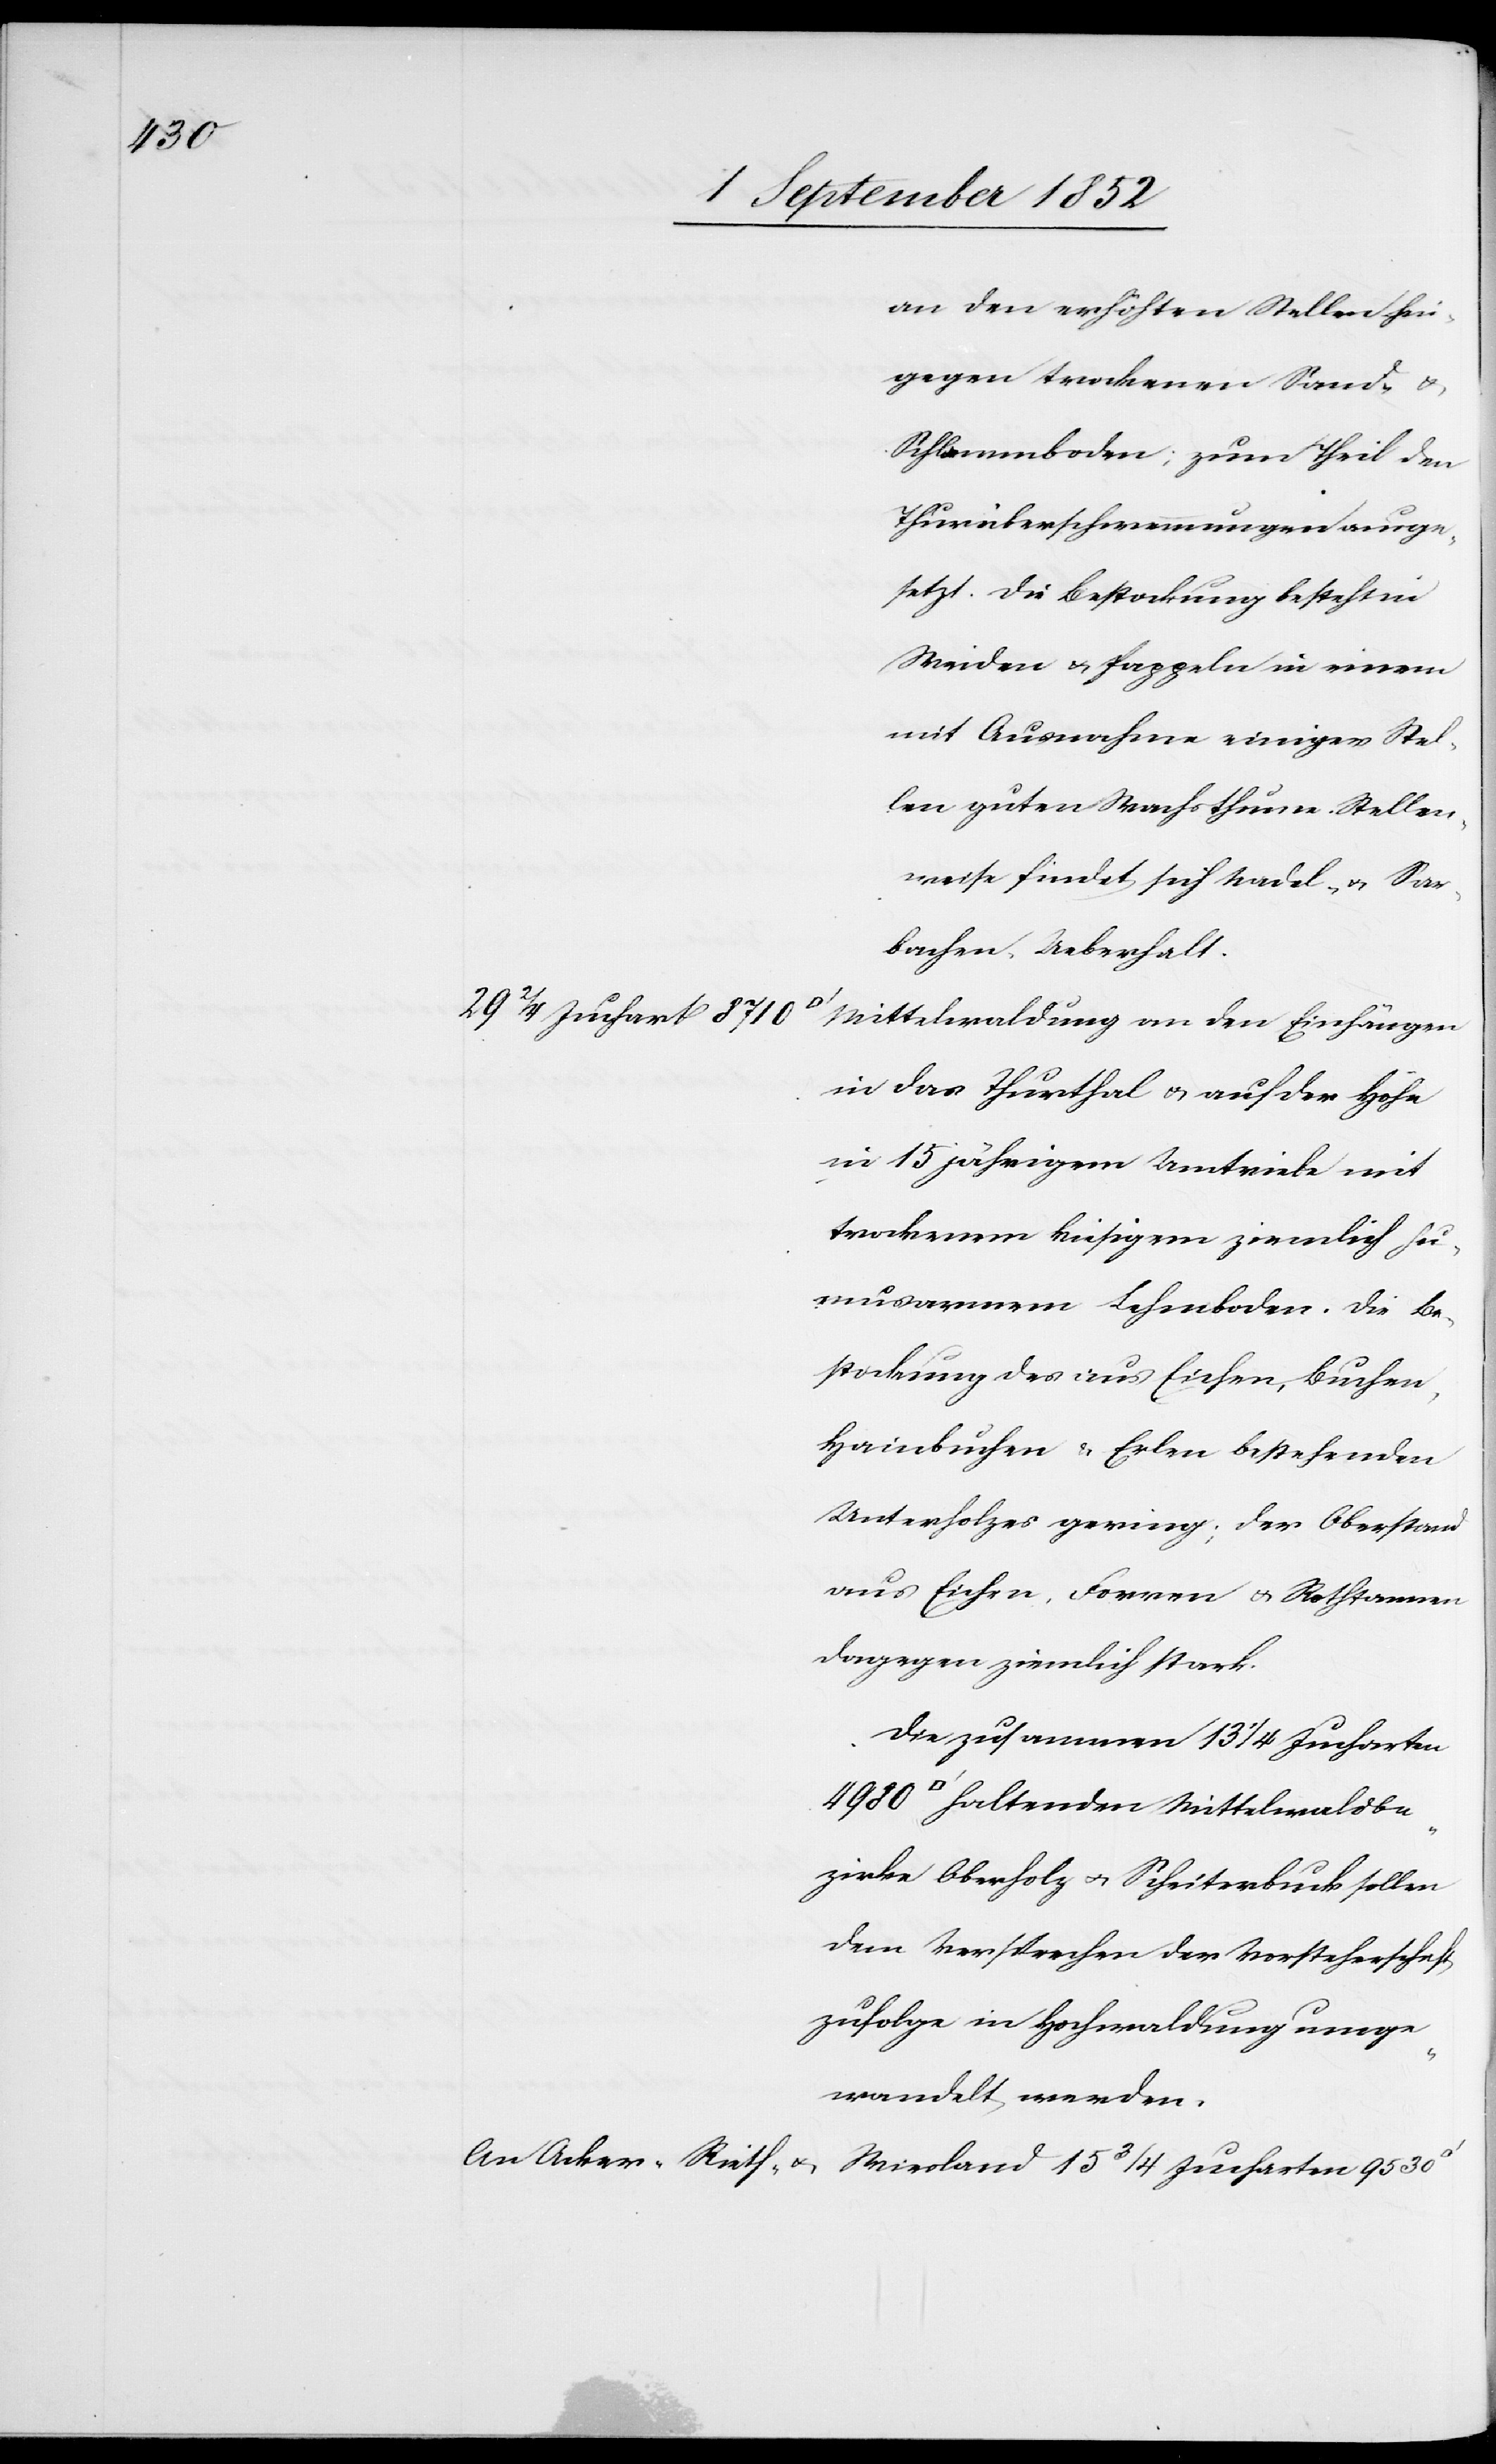
[Quadr¬

an den erhöhten Stellen hin¬
gegen trockenen Sand- &
Schlammboden; zum Theil den
Thurüberschwemmungen ausge¬
setzt. Die Bestockung besteht in
Weiden & Pappeln in einem
mit Ausnahme einiger Stel¬
len guten Wachsthume. Stellen¬
weise findet sich Nadel- & Sar¬
bachen-Ueberhalt.
29 2/4 Juchart 8710
Mittelwaldung an den Einhängen
in das Thurthal & auf der Höhe
in 15 jährigem Umtriebe mit
trockenem kiesigem ziemlich hu¬
musarmem Lehmboden. Die Be¬
stockung des aus Eichen, Buchen,
Hainbuchen & Erlen bestehenden
Unterholzes gering; der Oberstand
aus Eichen, Forren & Rothtannen
dagegen ziemlich stark.
Die zusammen 13 1/4 Jucharten
atfuß] haltenden Mittelwaldbe¬
zirke Oberholz & Scheiterbuck sollen
dem Versprechen der Vorsteherschaft
zufolge in Hochwaldung umge¬
wandelt werden.
An Acker-[,] Rieth- &
Wiesland 15 3/4 Jucharten 9530